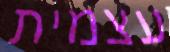
עצמית